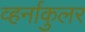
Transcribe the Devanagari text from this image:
व्हर्नाकुलर